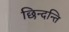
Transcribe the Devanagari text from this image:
छिन्दन्ति